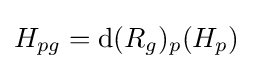
H_{pg}=\mathrm {d} (R_{g})_{p}(H_{p})